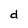
Character: d